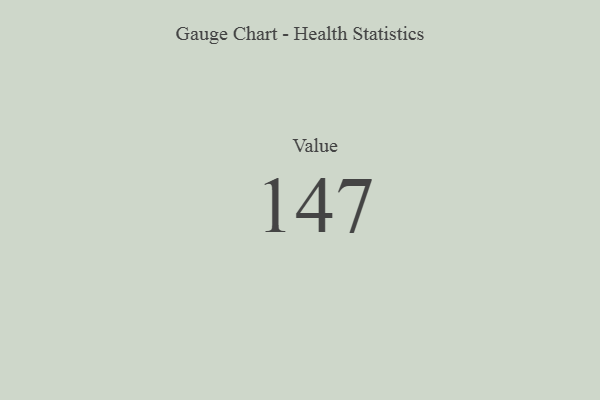
{"axis": {"x": "Metric", "y": "Value"}, "legend": [""], "data": [{"x": "Value", "y": 147, "type": ""}]}